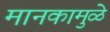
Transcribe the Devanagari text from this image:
मानकामुळे